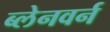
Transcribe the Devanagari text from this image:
ब्लेनवर्न